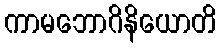
ကာမဘောဂိနိယောတိ